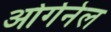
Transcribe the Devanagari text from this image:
ओर्गनेल